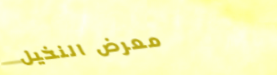
معرض النخيل